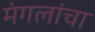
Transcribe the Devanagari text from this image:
मंगलांचा